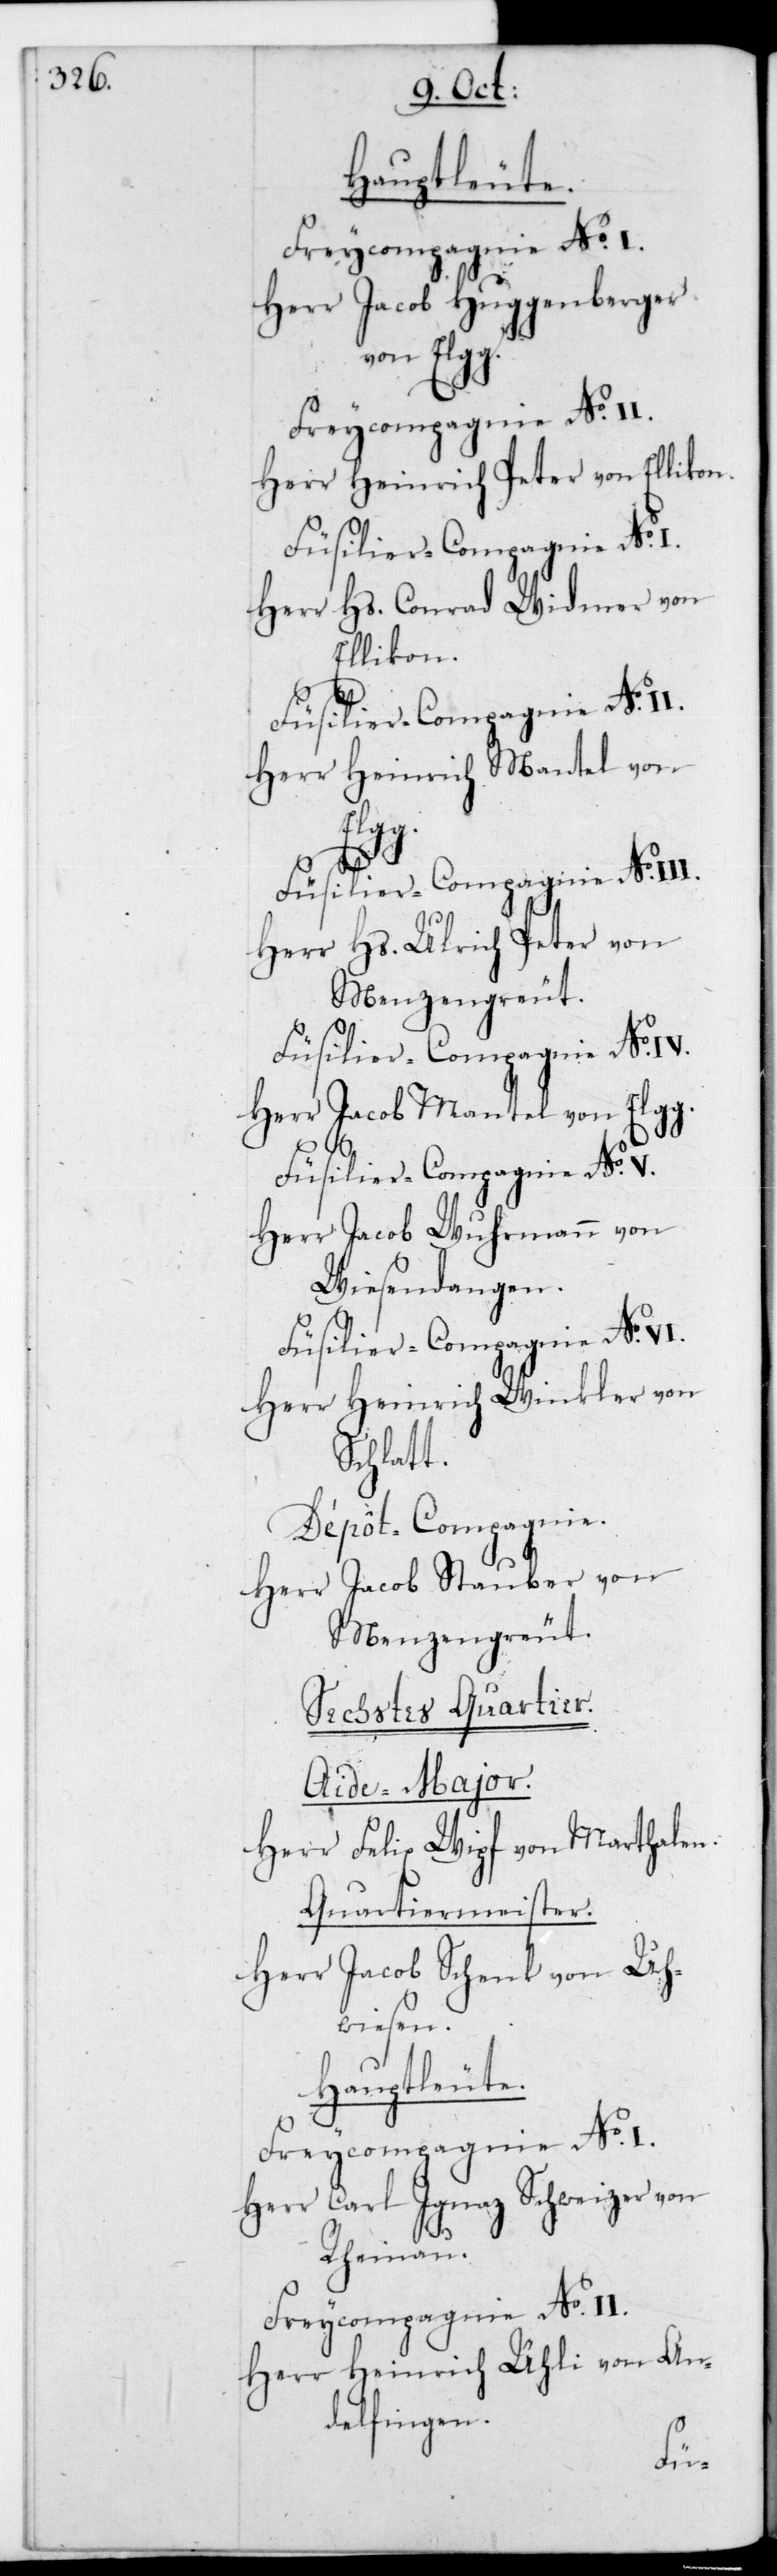
Hauptleute.
Frycompagnie No I.
Herr Jacob Huggenberger
von Elgg.
Freycompagnie No II.
Herr Heinrich Peter von Ellikon.
Herr Hs. Conrad Widmer von
Ellikon.
Herr Heinrich Mantel von
Elgg.
Füsilier-Compagnie No III.
Herr Hs. Ulrich Peter von
Menzengreut.
Füsilier-Compagnie No VI.
Herr Jacob Mantel von Elgg.
Füsilier-Compagnie No V.
Herr Jacob Wuhrmann von
Wiesendangen.
Herr Heinrich Winkler von
Schlatt.
Dépôt-Compagnie.
Herr Jacob Stauber von
Menzengreut.
Sechstes Quartier.
Aide-Major.
Herr Felix Wipf von Marthalen.
Quartiermeister.
Herr Jacob Schenk von Uh¬
wiesen.
Herr Carl Ignaz Schweizer von
Rheinau.
Freycompagnie No II.
Herr Heinrich Ühli von An¬
delfingen.